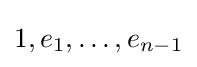
1,e_{1},\dots ,e_{n-1}